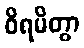
ဝိရမိတွာ